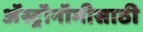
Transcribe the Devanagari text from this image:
अॅस्ट्रॉनॉमीसाठी